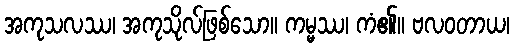
အကုသလဿ၊ အကုသိုလ်ဖြစ်သော။ ကမ္မဿ၊ ကံ၏။ ဗလဝတာယ၊